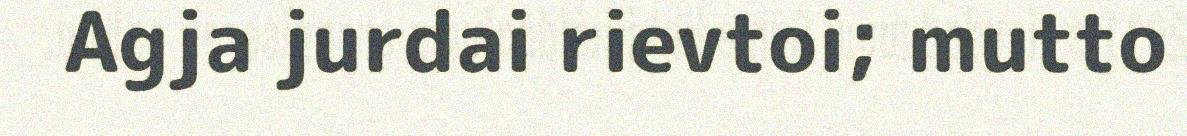
Agja jurdai rievtoi; mutto